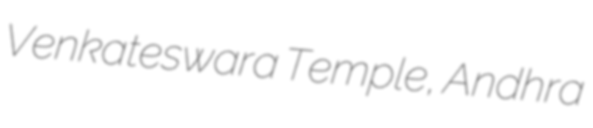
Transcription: Venkateswara Temple, Andhra